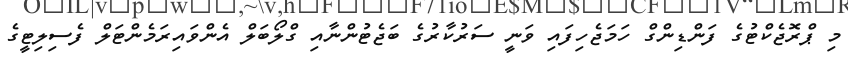
މި ޕްރޮޖެކްޓުގެ ފަންޑިންގް ހަމަޖެހިފައި ވަނީ ސަރުކާރުގެ ބަޖެޓުންނާއި ގްލޯބަލް އެންވައިރަމެންޓަލް ފެސިލިޓީގެ